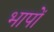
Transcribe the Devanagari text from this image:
भापों